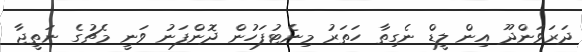
ދަރަވަންދޫ އިން ލީޑް ނެގިތާ ހަތަރު މިނެޓުފަހުން ދޮންފަނު ވަނީ މެޗުގެ ނަތީޖާ